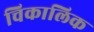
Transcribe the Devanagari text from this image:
चिकालिक